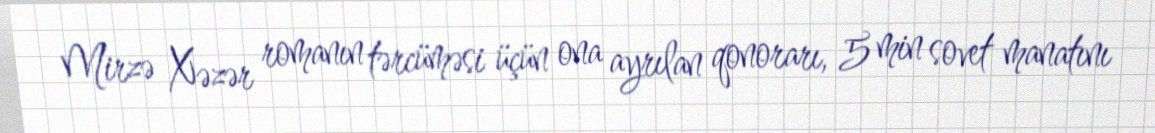
Mirzə Xəzər romanın tərcüməsi üçün ona ayrılan qonorarı, 5 min sovet manatını